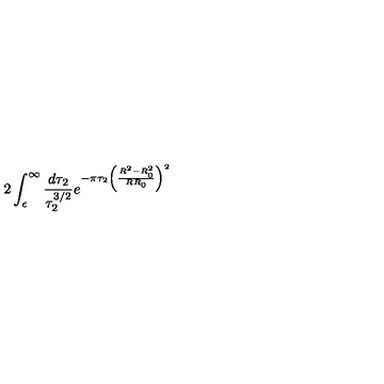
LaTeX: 2 \int _ { \epsilon } ^ { \infty } \frac { d \tau _ { 2 } } { \tau _ { 2 } ^ { 3 / 2 } } e ^ { - \pi \tau _ { 2 } \left( \frac { R ^ { 2 } - R _ { 0 } ^ { 2 } } { R R _ { 0 } } \right) ^ { 2 } }